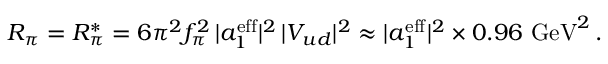
R _ { \pi } = R _ { \pi } ^ { * } = 6 \pi ^ { 2 } f _ { \pi } ^ { 2 } \, | a _ { 1 } ^ { \mathrm { e f f } } | ^ { 2 } \, | V _ { u d } | ^ { 2 } \approx | a _ { 1 } ^ { \mathrm { e f f } } | ^ { 2 } \times 0 . 9 6 ~ \mathrm { G e V } ^ { 2 } \, .